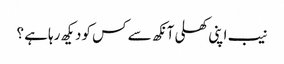
نیب اپنی کھلی آنکھ سے کس کودیکھ رہاہے ؟